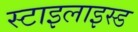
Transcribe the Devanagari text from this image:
स्टाइलाइस्ड